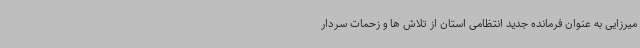
میرزایی به عنوان فرمانده جدید انتظامی استان از تلاش ها و زحمات سردار